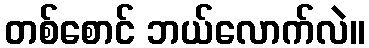
တစ်စောင် ဘယ်လောက်လဲ။